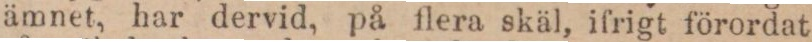
ämnet, har dervid, på flera skäl, ifrigt förordat